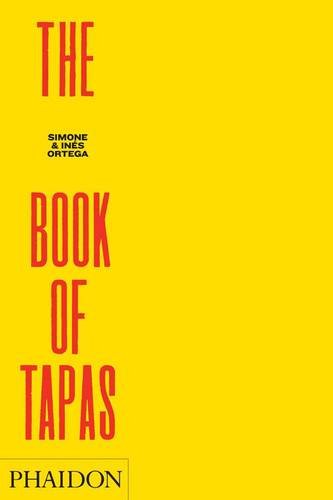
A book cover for The Book of Tapas; Simone Ortega; Cookbooks, Food & Wine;